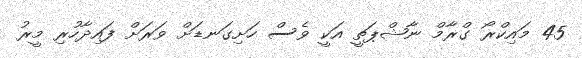
45 މައިކްރޯ ގްރާމް ނާޝްޕަތީ އަކީ ވެސް ހަށިގަނޑަށް ވަރަށް ފައިދާހުރި މީރު